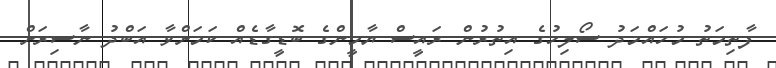
ފާތިމަތު މުހައްމަދު ސޯލިހުގެ އިތުރުން ރައީސް ޔާމީންގެ ބޮޑީގާޑެއް ކަމަށްވާ އަބްދު ނާސިރަށް